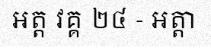
អត្ត វគ្គ ២៤ - អត្តា